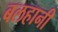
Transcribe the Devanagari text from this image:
बलहानी